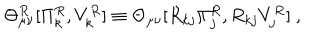
LaTeX: \Theta _ { \mu \nu } ^ { R } [ \Pi _ { k } ^ { R } , V _ { k } ^ { R } ] \equiv \Theta _ { \mu \nu } [ R _ { k j } \Pi _ { j } ^ { R } , R _ { k j } V _ { j } ^ { R } ] ~ ,